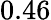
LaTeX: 0.46